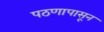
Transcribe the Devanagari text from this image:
पठणापासून